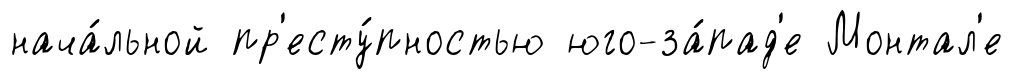
нача́льной пр'есту́пностью юго-за́пад'е Монтал'е